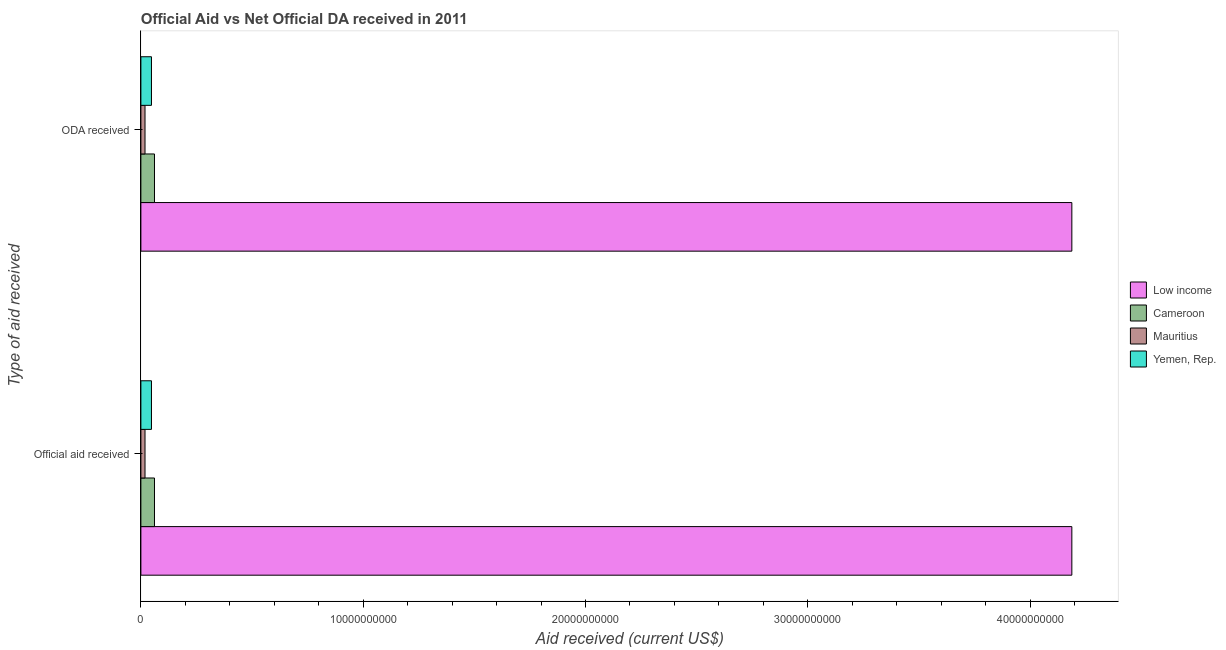
| Type of aid received | Low income | Cameroon | Mauritius | Yemen, Rep. |
 | --- | --- | --- | --- | --- |
 | Official aid received | 4.19e+10 | 6.12e+08 | 1.85e+08 | 4.76e+08 |
 | ODA received | 4.19e+10 | 6.12e+08 | 1.85e+08 | 4.76e+08 |